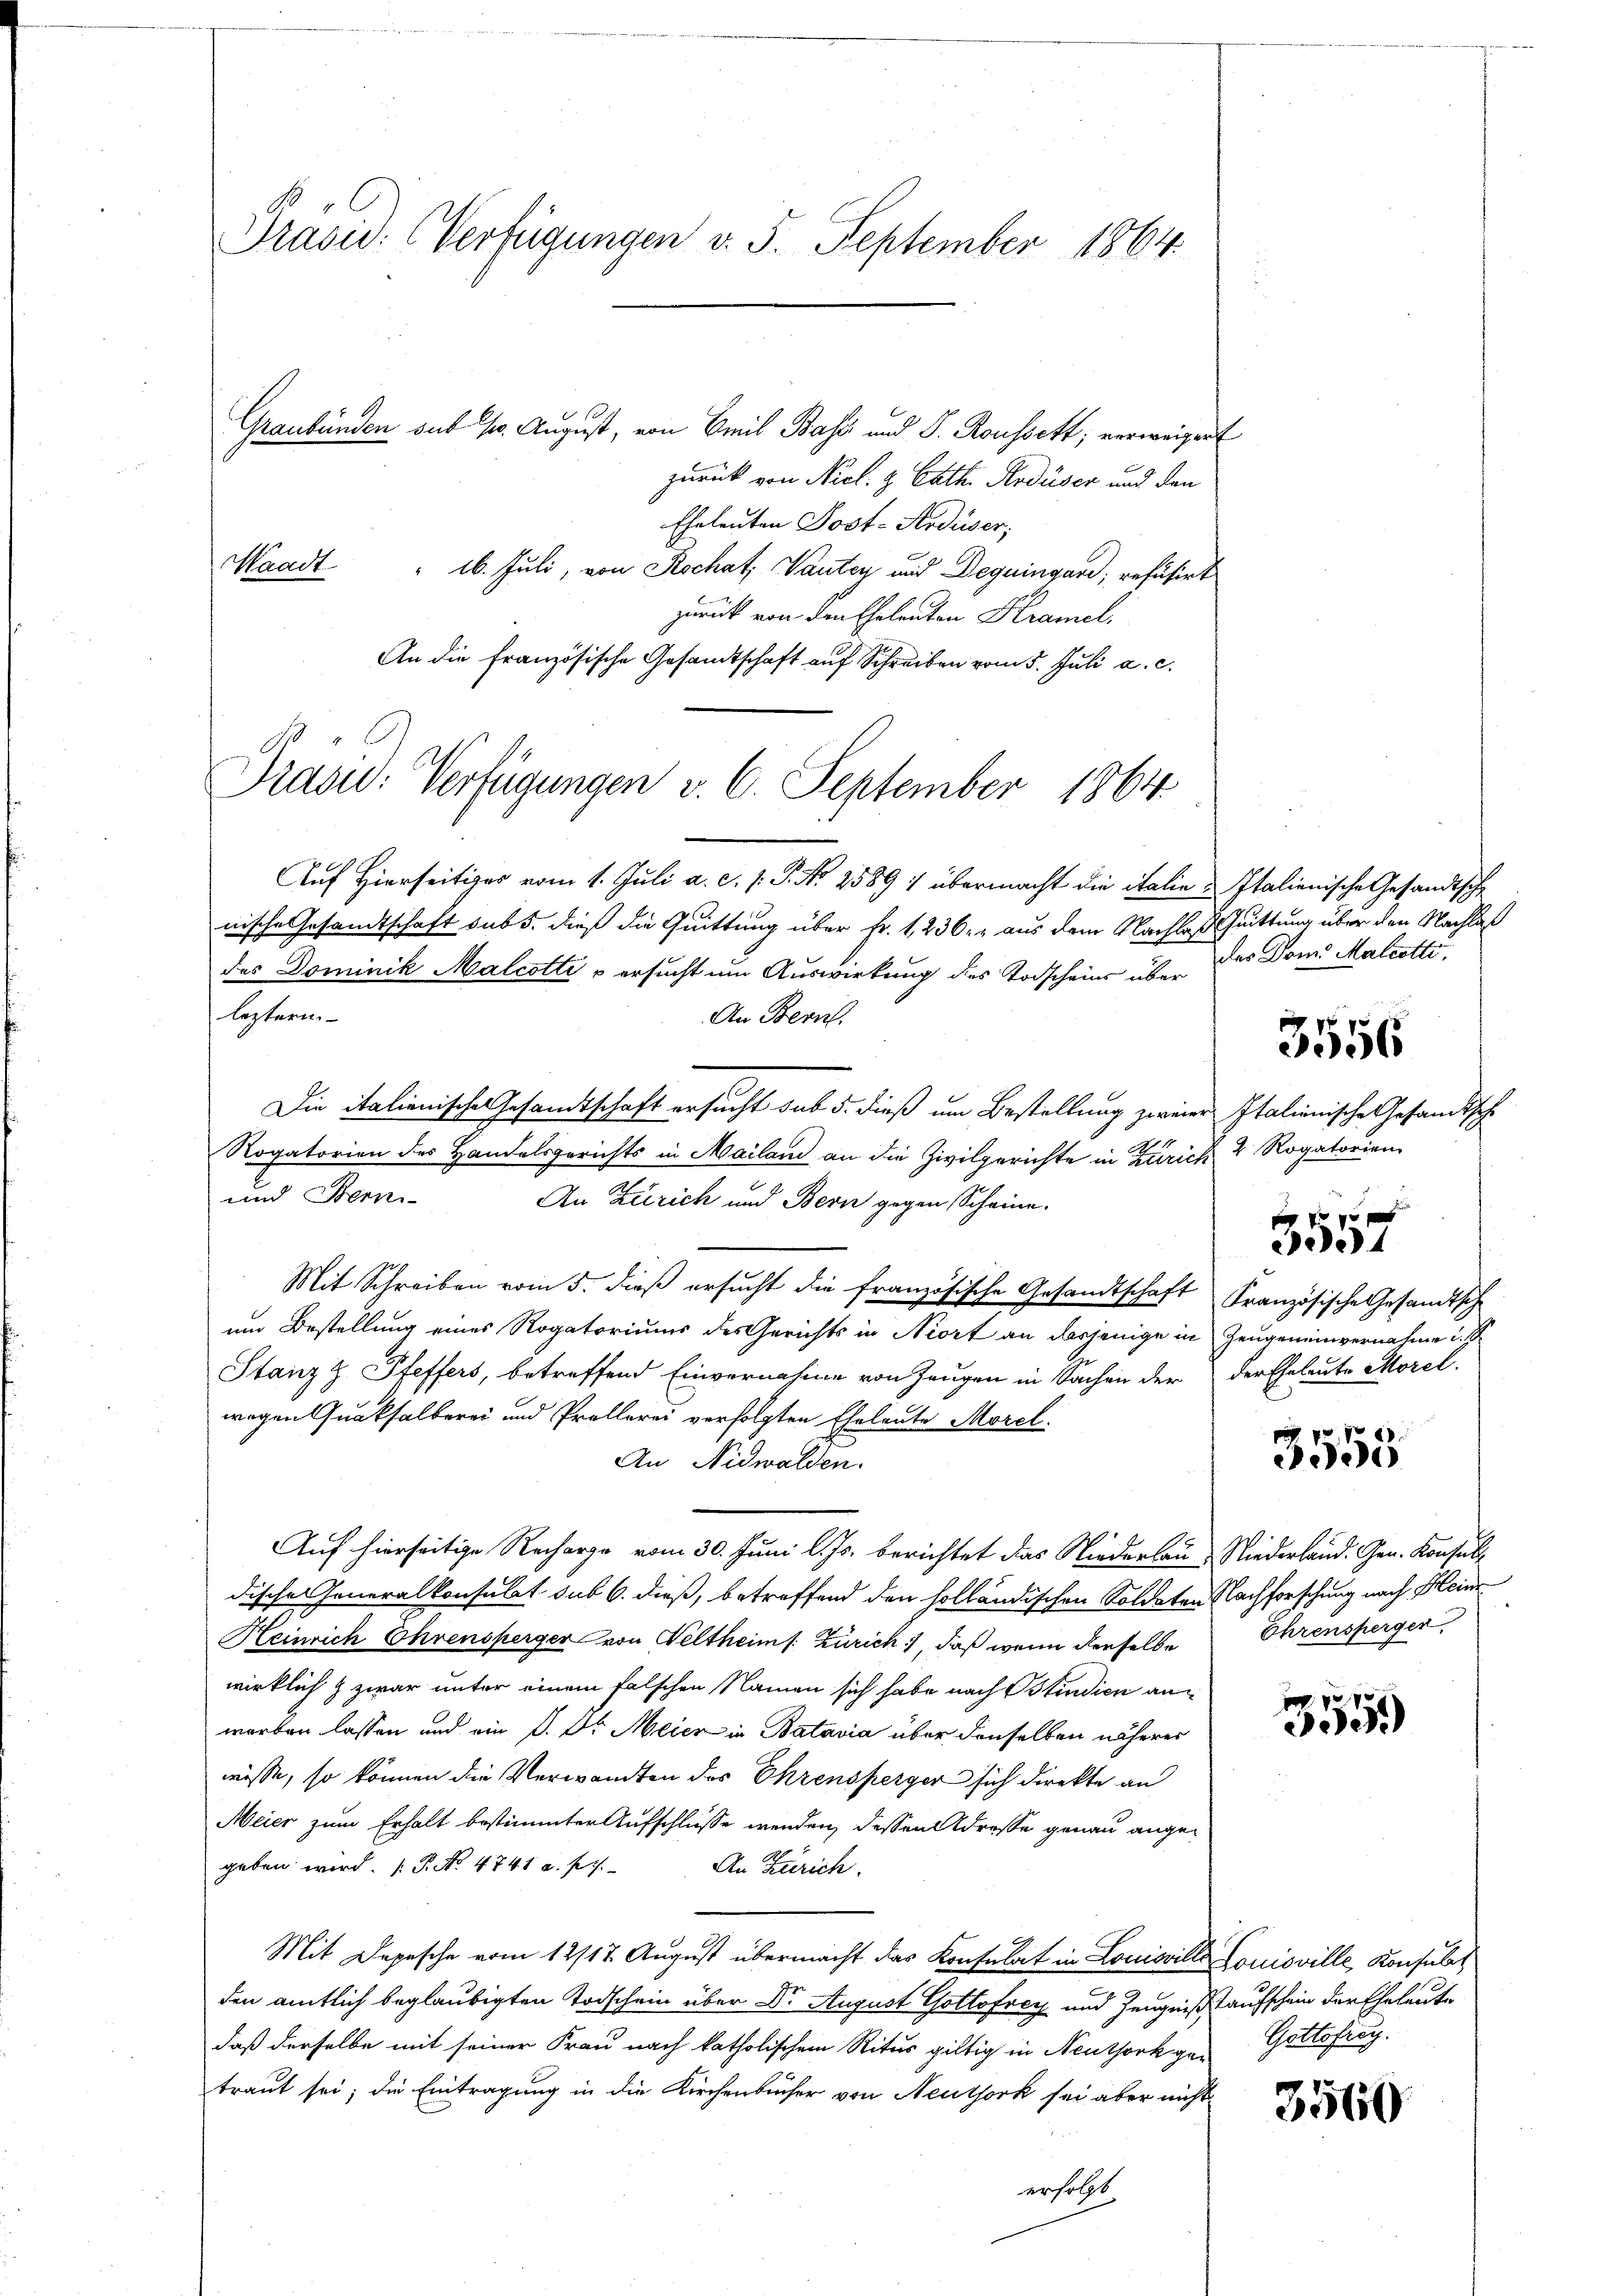
Präsid. (Verfügungen v. 5. September 1864.

Graubünden sub 10. August, von Emil Bass und S. Roussett; verweigert
zurück von Nicl. 2 Cath. Ardüser und den
Eheleuten Post-Ardüser;
Waadt
" 16. Juli, von Rochat; Vautey und Deguingard, refusirt
zurück von den Eheleuten Kramel.
An die französische Gesandtschaft auf Schreiben vom 5. Juli a. c.
Prased: Verfügungen v. 6. September 1864.
Auf Hierseitiger vom 1. Juli a. c. s. P. Nr. 2589 : übermacht die italie Italienische Gesandtsche
nische Gesandtschaft sub 5. dieß die Quittung über Fr. 1236. r aus dem Nachlaß Guittung über den Nachlaß
des Dominik Malcotti u ersucht um Auswirkung des Todscheine über das Dom Malcotti,
leztern.
An Bern.
Die italienisches Gesandtschaft ersucht sub 5. dieß um Bestellung zweier Italienische Gesandtsch
Rogatorien des Handelsgerichts in Mailand an die Zivilgerichte in Zürich 2 Rogatorien
und Berni-
An Zürich und Bern gegen Scheine.
Mit Schreiben vom 5. dieß ersucht die französische Gesandtschaft Französische Gesandtsch
um Bestellung eines Rogatoriums des Gerichts in Niort an dasjenige in Zeugeneinvernahme i.
Stanz & Pfeffers, betreffend Einvernahme von Zeugen in Sachen der der Eheleute Morel
wegen Quakhalberei und Prollerei verfolgten Eheleute Morel
An Nidwalden.
Auf hierseitige Recharge vom 30. Juni l. Js. berichtet das Niederlau- Niederland. Gen. Konsult
dische Generalkonsulat sub 6. dieß, betreffend den holländischen Soldaten Nachforschung nach Kleine
Heinrich Ehrensperger von Veltheim s. Zürich, daß wenn derselbe
wirklich & zwar unter einem falschen Namen sich habe nach Blindien anworben lassen und ein D. Dr Meier in Batavia über denselben näherer
wisse, so können die Verwandten des Ehrensperger sich direkte an
Meier zum Erhalt bestimmter Aufschlüsse werden, dessen Adresse genau angegeben wird. P. No. 4741 u. f
An Zürich.
Mit Depesche vom 12/17. August übermacht das Konsulat in Louisvilla Louisville, Konsulat
den amtlich beglaubigten Todschein über Dr. August Gottofrey und Zeugnißaufschein der Eheleute
daß derselbe mit seiner Frau nach katholischem Ritus giltig in Neuthorkgen Gottoficy.
traut sei; die Eintragung in die Kirchenbücher von Neuthork sei aber nicht
erfolgt

i
3556

000 x
e.4

.

3555

Ehrenspergen.

xx
300.

3560